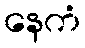
နေကံ